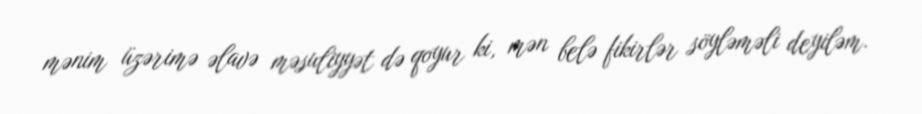
mənim üzərimə əlavə məsuliyyət də qoyur ki, mən belə fikirlər söyləməli deyiləm.